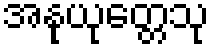
အနုယုတ္တေသု